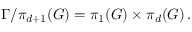
\Gamma / \pi _ { d + 1 } ( G ) = \pi _ { 1 } ( G ) \times \pi _ { d } ( G ) \, .